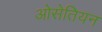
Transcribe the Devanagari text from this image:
ओसेतियन